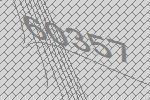
60357